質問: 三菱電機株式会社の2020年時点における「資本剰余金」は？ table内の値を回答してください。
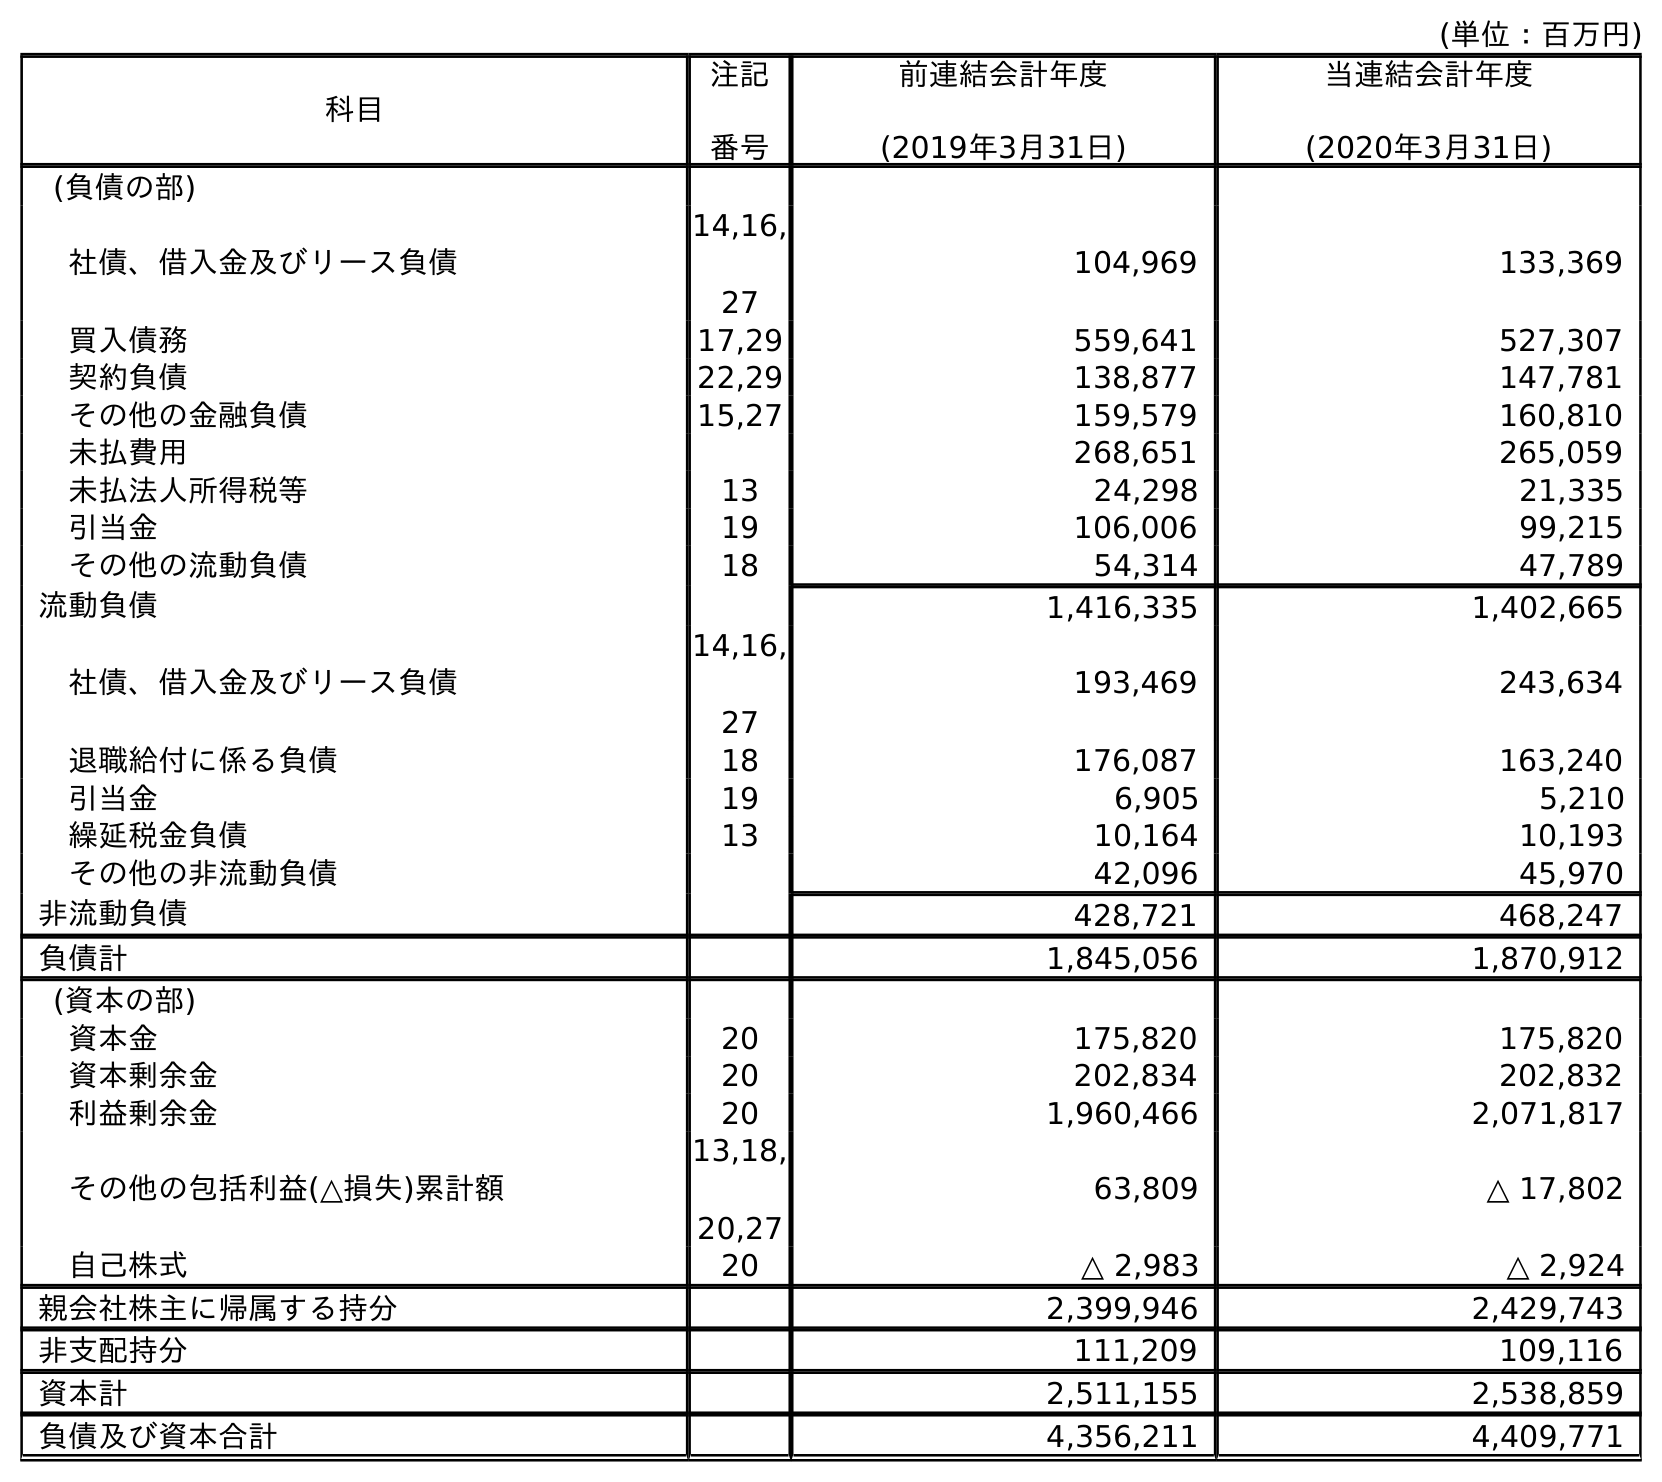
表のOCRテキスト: (単位：百万円) 科目 注記 番号 前連結会計年度 (2019年3月31日) 当連結会計年度 (2020年3月31日) (負債の部) 社債、借入金及びリース負債 14,16, 27 104,969 133,369 買入債務 17,29 559,641 527,307 契約負債 22,29 138,877 147,781 その他の金融負債 15,27 159,579 160,810 未払費用 268,651 265,059 未払法人所得税等 13 24,298 21,335 引当金 19 106,006 99,215 その他の流動負債 18 54,314 47,789 流動負債 1,416,335 1,402,665 社債、借入金及びリース負債 14,16, 27 193,469 243,634 退職給付に係る負債 18 176,087 163,240 引当金 19 6,905 5,210 繰延税金負債 13 10,164 10,193 その他の非流動負債 42,096 45,970 非流動負債 428,721 468,247 負債計 1,845,056 1,870,912 (資本の部) 資本金 20 175,820 175,820 資本剰余金 20 202,834 202,832 利益剰余金 20 1,960,466 2,071,817 その他の包括利益(△損失)累計額 13,18, 20,27 63,809 △ 17,802 自己株式 20 △ 2,983 △ 2,924 親会社株主に帰属する持分 2,399,946 2,429,743 非支配持分 111,209 109,116 資本計 2,511,155 2,538,859 負債及び資本合計 4,356,211 4,409,771
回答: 202,832